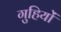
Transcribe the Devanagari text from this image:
गुहियों